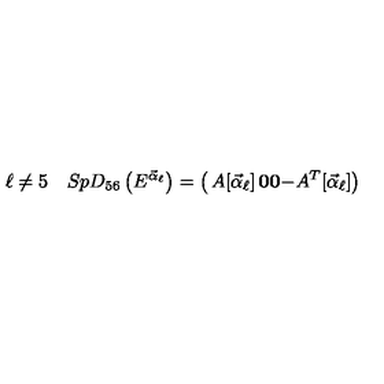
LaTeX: \ell \neq 5 \quad S p D _ { 5 6 } \left( E ^ { { \vec { \alpha } } _ { \ell } } \right) = \left( \begin{matrix} { A [ { { \vec { \alpha } } _ { \ell } } ] } & { { \bf 0 } } \\ { { \bf 0 } } & { - A ^ { T } [ { { \vec { \alpha } } _ { \ell } } ] } \\ \end{matrix} \right)